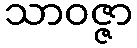
သာဝဇ္ဇာ